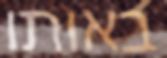
באותו